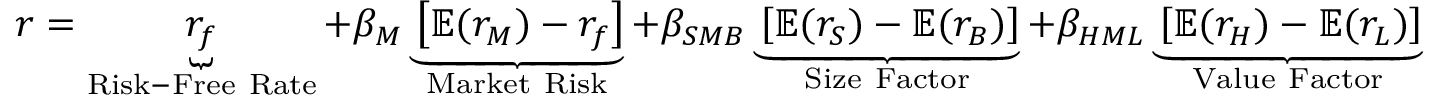
r = \underbrace { r _ { f } } _ { \mathrm { R i s k - F r e e ~ R a t e } } + \beta _ { M } \underbrace { \left[ \mathbb { E } ( r _ { M } ) - r _ { f } \right] } _ { \mathrm { M a r k e t ~ R i s k } } + \beta _ { S M B } \underbrace { \left[ \mathbb { E } ( r _ { S } ) - \mathbb { E } ( r _ { B } ) \right] } _ { \mathrm { S i z e ~ F a c t o r } } + \beta _ { H M L } \underbrace { \left[ \mathbb { E } ( r _ { H } ) - \mathbb { E } ( r _ { L } ) \right] } _ { \mathrm { V a l u e ~ F a c t o r } }